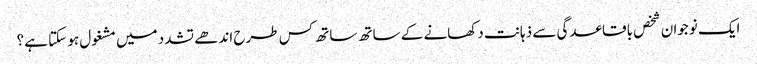
ایک نوجوان شخص باقاعدگی سے ذہانت دکھانے کے ساتھ ساتھ کس طرح اندھے تشدد میں مشغول ہو سکتا ہے؟